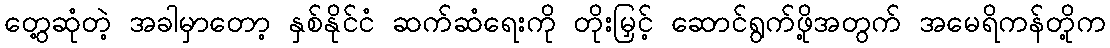
တွေ့ဆုံတဲ့ အခါမှာတော့ နှစ်နိုင်ငံ ဆက်ဆံရေးကို တိုးမြှင့် ဆောင်ရွက်ဖို့အတွက် အမေရိကန်တို့က